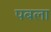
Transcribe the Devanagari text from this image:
पबला